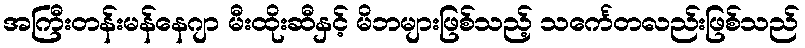
အကြီးတန်းမန်နေဂျာ မီးထိုးဆီနှင့် မိဘများဖြစ်သည့် သင်္ကေတလည်းဖြစ်သည်